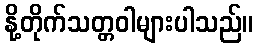
နို့တိုက်သတ္တဝါများပါသည်။